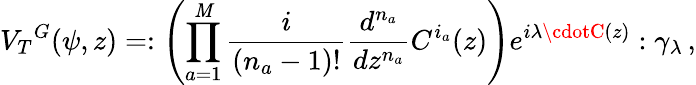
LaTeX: {V_{T}}^{G}(\psi,z)=:\left(\prod_{a=1}^{\mathit{M}}{\frac{{i}}{{(n_{a}-1)!}}}{\frac{{d^{n_{a}}}}{{dz^{n_{a}}}}}C^{i_{a}}(z)\right)e^{i\lambda\cdotC(z)}:\gamma_{\lambda}\, ,